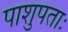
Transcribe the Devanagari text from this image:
पाशुपताः